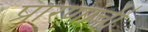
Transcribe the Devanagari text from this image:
प्रारणांची